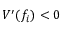
V ^ { \prime } ( f _ { i } ) < 0